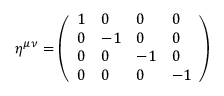
\eta ^ { \mu \nu } = { \left( \begin{array} { l l l l } { 1 } & { 0 } & { 0 } & { 0 } \\ { 0 } & { - 1 } & { 0 } & { 0 } \\ { 0 } & { 0 } & { - 1 } & { 0 } \\ { 0 } & { 0 } & { 0 } & { - 1 } \end{array} \right) }